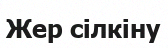
Жер сілкіну